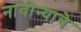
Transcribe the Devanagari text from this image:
नावीन्याचे